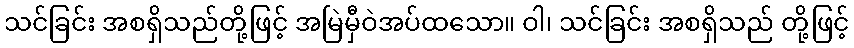
သင်ခြင်း အစရှိသည်တို့ဖြင့် အမြဲမှီဝဲအပ်ထသော။ ဝါ၊ သင်ခြင်း အစရှိသည် တို့ဖြင့်